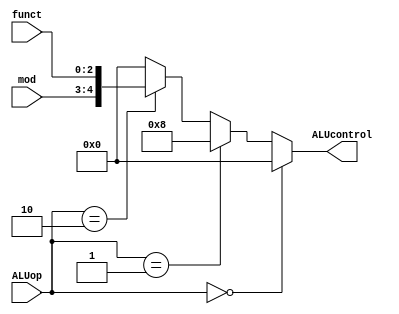
`timescale 1ns / 1ps

module ALU_decoder(
	input [1:0]mod,
	input [2:0]funct,
	input [1:0]ALUop,
	output reg [4:0]ALUcontrol
);

always @*
	begin
	  if (ALUop==2'b00)
	  	ALUcontrol=5'b0000;
	  else if (ALUop==2'b01)
	  	ALUcontrol=5'b1000;
	  else if (ALUop==2'b10)
	  	ALUcontrol={mod,funct};	
	  else
	  	ALUcontrol=5'b0000;
	end	
endmodule